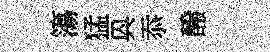
簜猛㒷忝醱